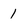
Character: 1